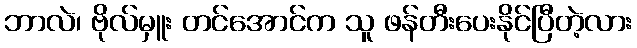
ဘာလဲ၊ ဗိုလ်မှူး တင်အောင်က သူ ဖန်တီးပေးနိုင်ပြီတဲ့လား